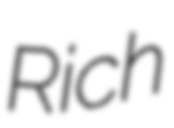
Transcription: Rich